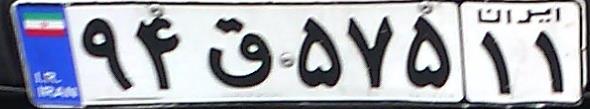
۹۴ق۵۷۵۱۱